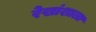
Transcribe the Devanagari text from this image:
रेखांशाला